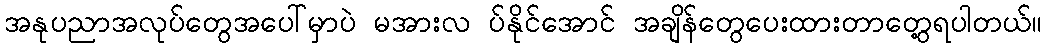
အနုပညာအလုပ်တွေအပေါ်မှာပဲ မအားလ ပ်နိုင်အောင် အချိန်တွေပေးထားတာတွေ့ရပါတယ်။